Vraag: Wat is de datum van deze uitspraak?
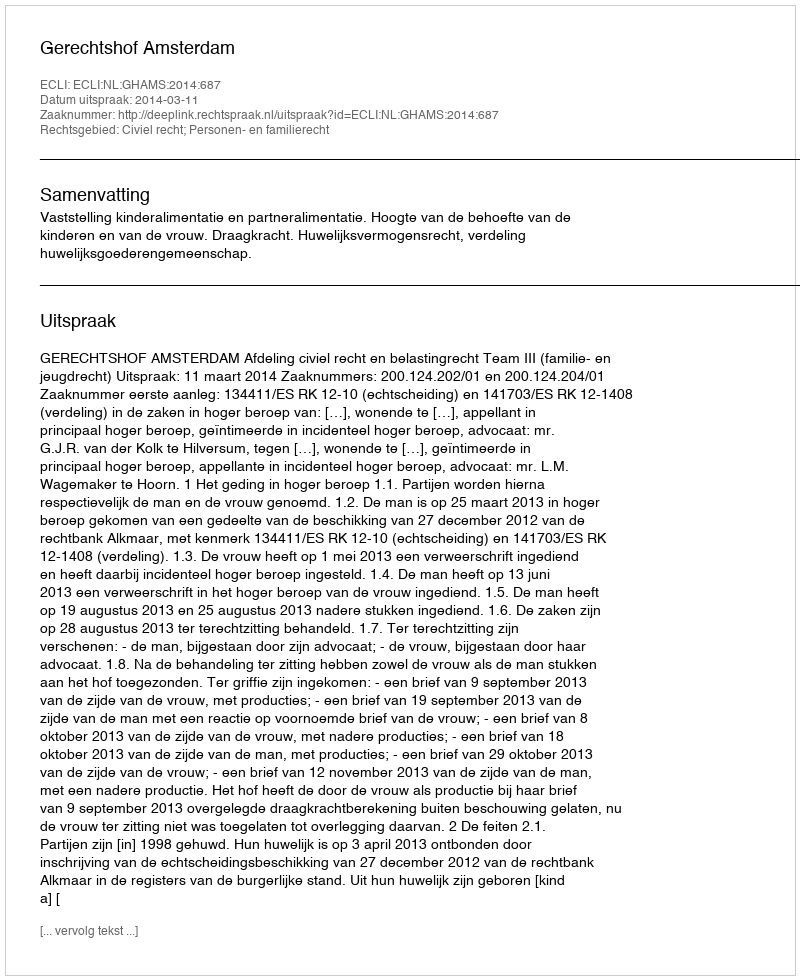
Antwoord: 2014-03-11